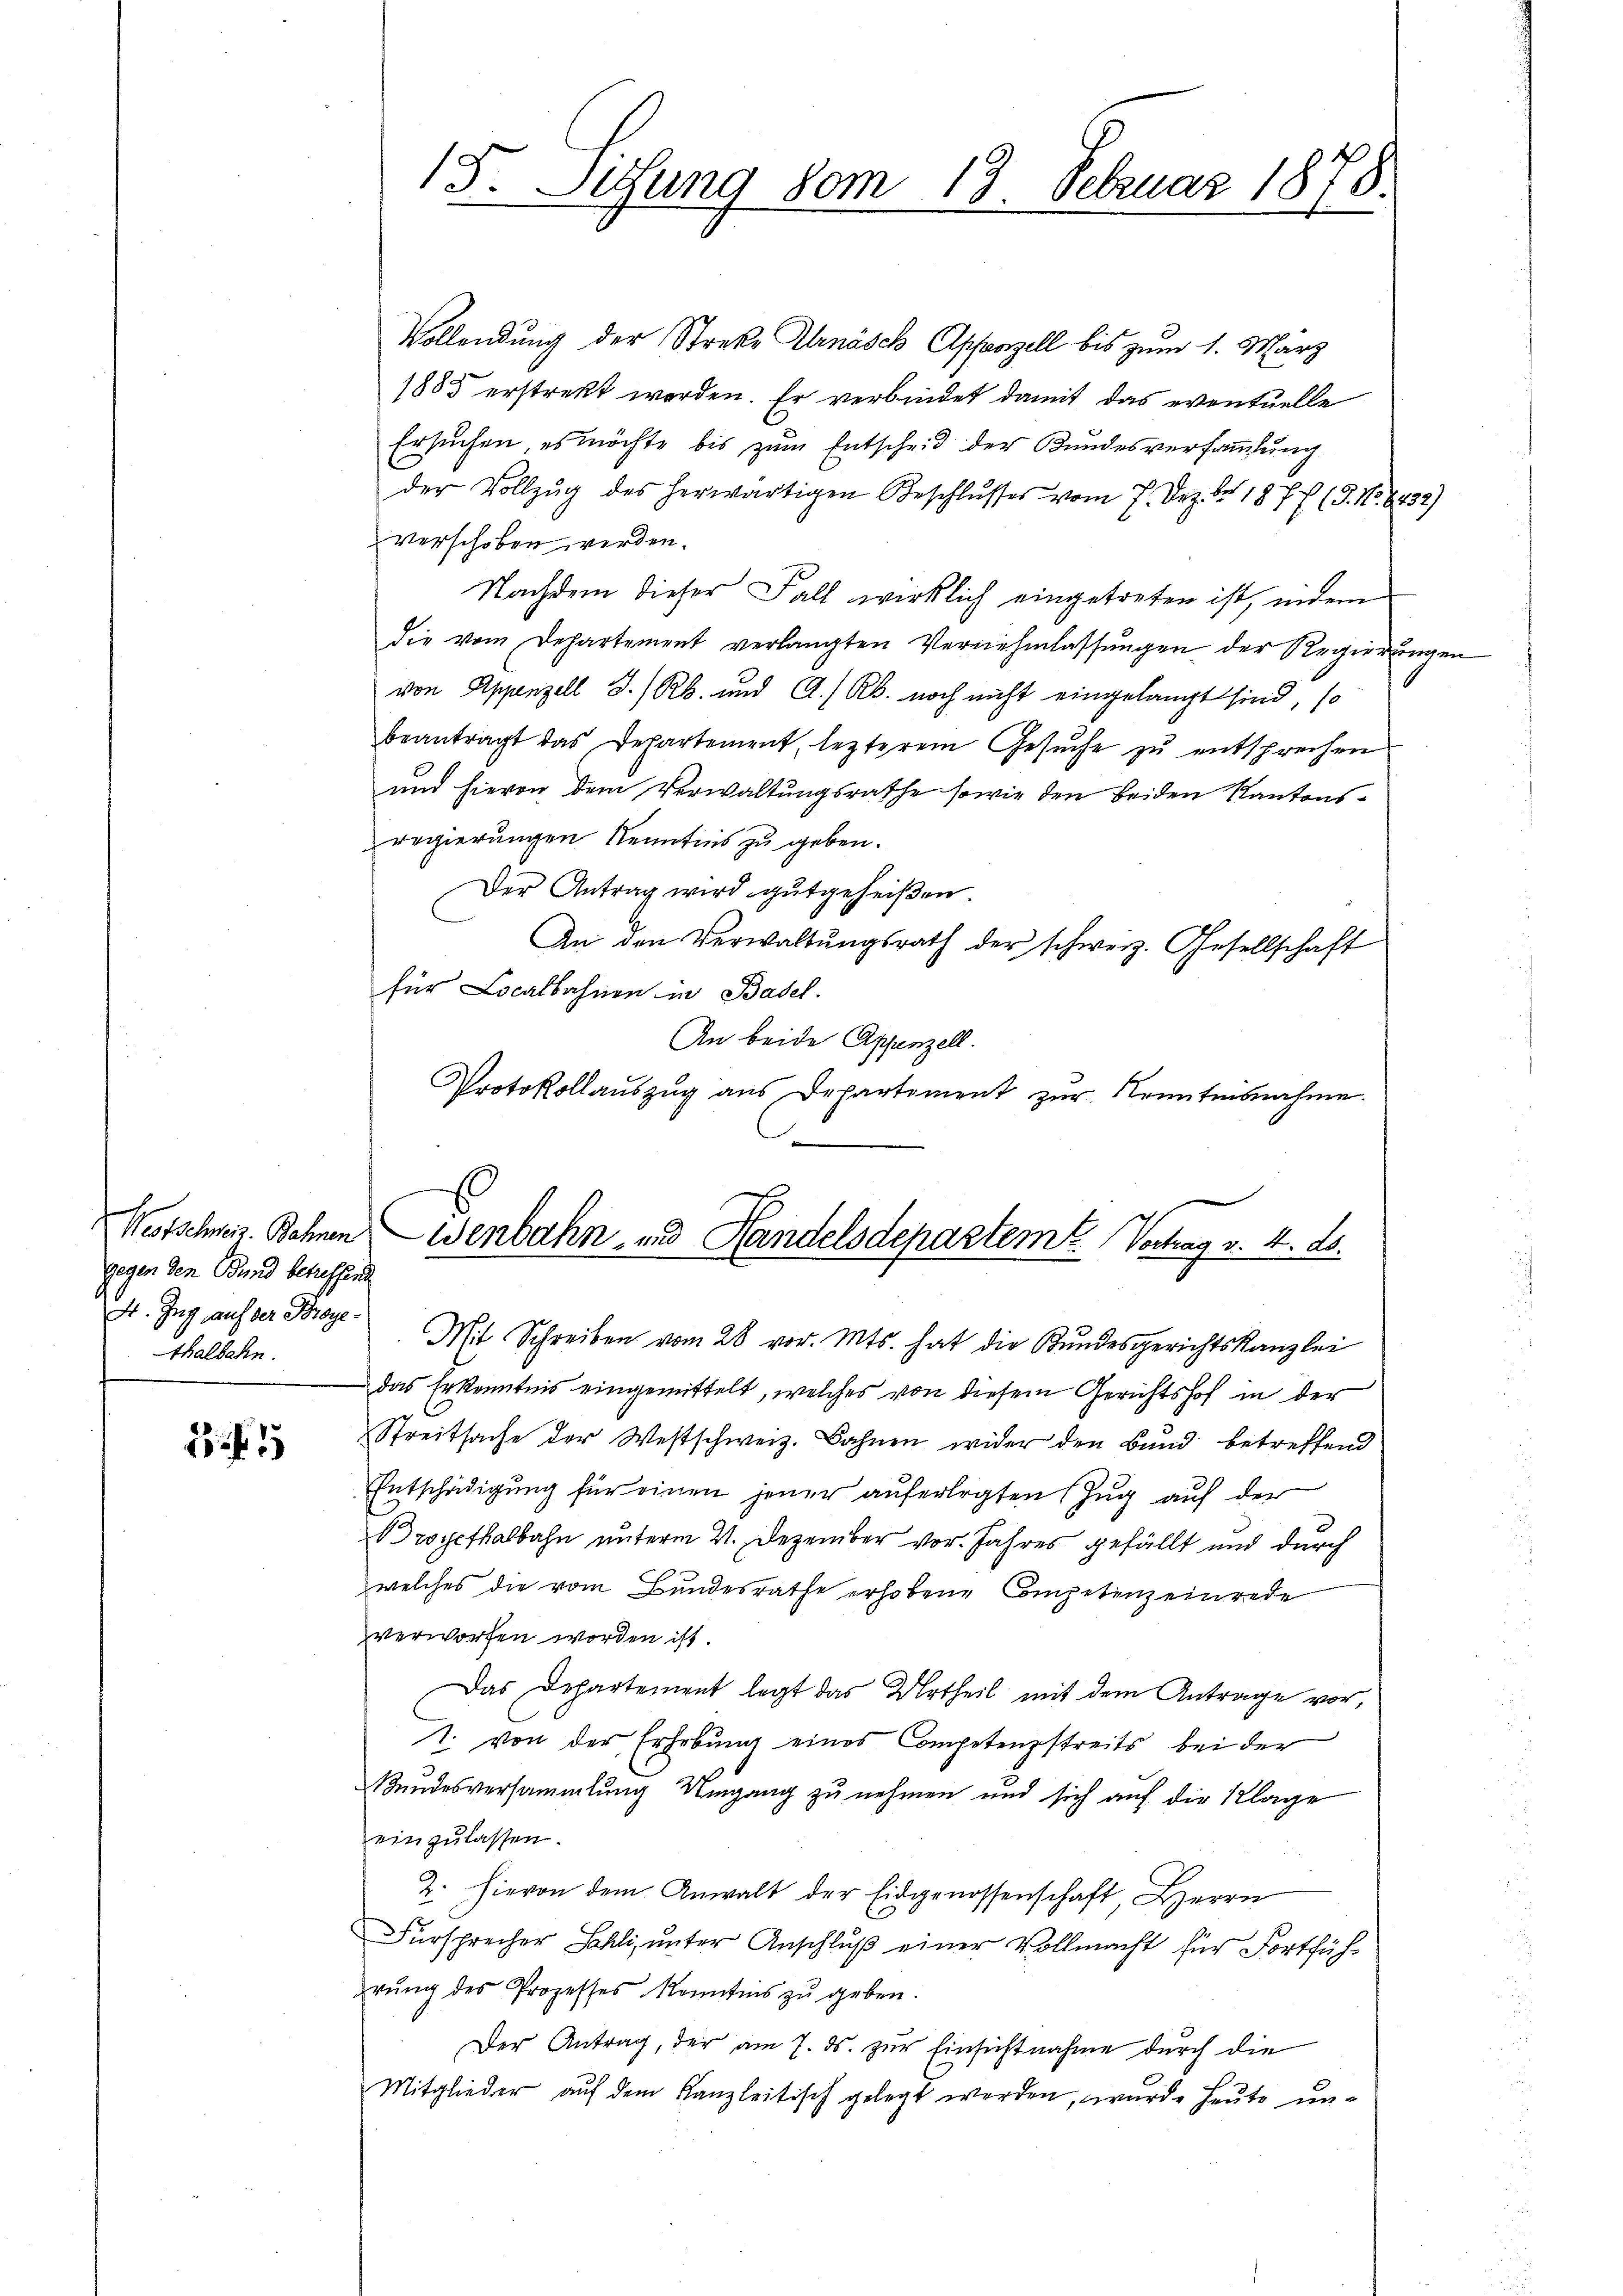
gegen den Bund betreffend
Gr. Zug auf der Broge.
Thalbahn.

25 f 15

Vollendung der Streke Arnäsch Appenzell bis zum 1. März
1885 erstrekt werden. Er verbindet damit das eventuelle
Ersuchen, es möchte bis zum Entscheid der Bundesversammlung
der Vollzŭg des herwärtigen Beschlŭsses vom 7. Dez. b. 1877 (9. No. 8432)
verschoben werden.
Nachdem dieser Fall wirklich eingetreten ist, indem
die vom Departement verlangten Vernehmlassŭngen der Regierungen
von Appenzell I/Rh. und A. R. noch nicht eingelangt sind, so
beantragt das Departement, lezterem Gesŭche zŭ entsprechen
und hievon dem Verwaltungsrathe sowie den beiden Kantonsregierungen Kenntnis zu geben.
Der Antrag wird gutgeheißen.
An den Verwaltŭngsrath der schweiz. Gesellschaft
für Localbahnen in Basel.
An beide Appenzell.
Protokollaŭszŭg ans Departement zŭr Kenntnisnahme.
Westschneis. Bohnen Wenbahn- und Handelsdepartem Vortrag v. M. D.
Mit Schreiben vom 28 vor. Mts. hat die Bundesgerichtskanzlei
das Erkenntnis eingemittelt, welches von diesem Gerichtshof in der
Streitsache der Westschweiz. Bahnen wider den Bund betreffend
Entschädigung für einen jener auferlegten Zug auf der
Broyethalbahn unterm 21. Dezember vor. Jahres gefällt und durch
welches die vom Bundesrathe erhobene Competenz einrede
verworfen worden ist.
Das Departement legt das Urtheil mit dem Antrage vor,
1. von der Erhebung eines Competenzstreits bei der
Bundesversammlung Umgang zu nehmen und sich auf die Klage
einzulassen.
2. Hievon dem Anwalt der Eidgenossenschaft, Herrn
Fürsprecher Sahli, ŭnter Anschlŭβ einer Vollmacht für Fortfüh-
rŭng des Prozesses Kenntnis zŭ geben.
Der Antrag, der am 7. ds. zur Einsichtnahme durch die
Mitglieder auf dem Kanzleitisch gelegt werden, wurde heute un¬

15. Lesung vom 13. Februar 1878.